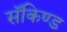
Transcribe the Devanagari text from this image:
सॅकिण्ड